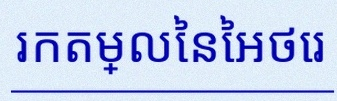
រកតម្លៃនៃអថេរ